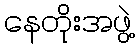
နေတိုးအဖွဲ့